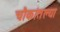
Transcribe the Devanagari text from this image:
चौकांतल्या